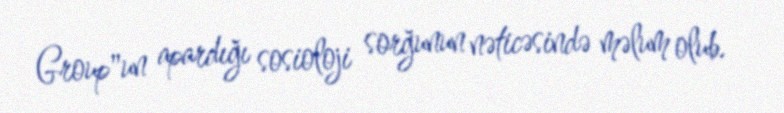
Group"un apardığı sosioloji sorğunun nəticəsində məlum olub.